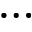
\ldots